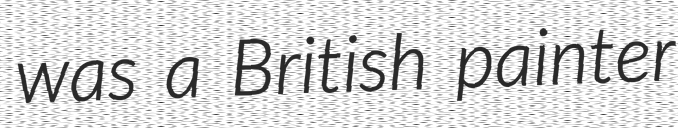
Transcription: was a British painter